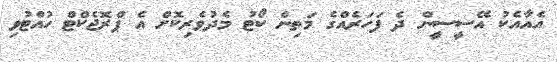
އެއާއެކު އޭސީސީން ދެ ފަހަރެއްގެ މަތިން ކޯޓު މެދުވެރިކޮށް އެ ޕްރޮޖެކްޓް ހުއްޓުވި